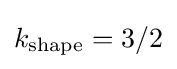
k_{\text{shape}}=3/2